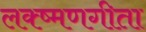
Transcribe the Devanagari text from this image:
लक्ष्मणगीता